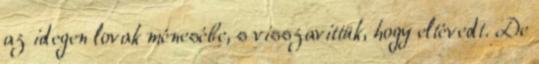
az idegen lovak ménesébe, s visszavittük, hogy eltévedt. De